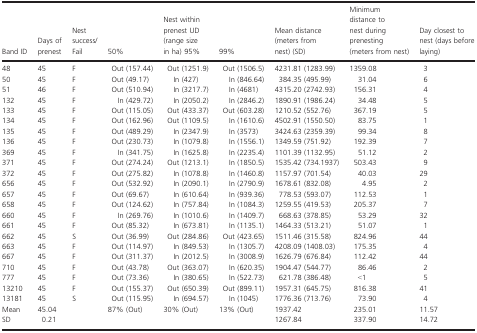
<table><thead><tr><td><b>Band ID</b></td><td><b>Days of prenest</b></td><td><b>Nest success/Fail</b></td><td><b>50%</b></td><td><b>Nest within prenest UD (range size in ha) 95%</b></td><td><b>99%</b></td><td><b>Mean distance (meters from nest) (SD)</b></td><td><b>Minimum distance to nest during prenesting (meters from nest)</b></td><td><b>Day closest to nest (days before laying)</b></td></tr></thead><tbody><tr><td>48</td><td>45</td><td>F</td><td>Out (157.44)</td><td>Out (1251.9)</td><td>Out (1506.5)</td><td>4231.81 (1283.99)</td><td>1359.08</td><td>3</td></tr><tr><td>50</td><td>45</td><td>F</td><td>Out (49.17)</td><td>In (427)</td><td>In (846.64)</td><td>384.35 (495.99)</td><td>31.04</td><td>6</td></tr><tr><td>51</td><td>46</td><td>F</td><td>Out (510.94)</td><td>In (3217.7)</td><td>In (4681)</td><td>4315.20 (2742.93)</td><td>156.31</td><td>4</td></tr><tr><td>132</td><td>45</td><td>F</td><td>In (429.72)</td><td>In (2050.2)</td><td>In (2846.2)</td><td>1890.91 (1986.24)</td><td>34.48</td><td>5</td></tr><tr><td>133</td><td>45</td><td>F</td><td>Out (115.05)</td><td>Out (433.37)</td><td>Out (603.28)</td><td>1210.52 (552.76)</td><td>367.19</td><td>5</td></tr><tr><td>134</td><td>45</td><td>F</td><td>Out (162.96)</td><td>Out (1109.5)</td><td>In (1610.6)</td><td>4502.91 (1550.50)</td><td>83.75</td><td>1</td></tr><tr><td>135</td><td>45</td><td>F</td><td>Out (489.29)</td><td>In (2347.9)</td><td>In (3573)</td><td>3424.63 (2359.39)</td><td>99.34</td><td>8</td></tr><tr><td>136</td><td>45</td><td>F</td><td>Out (230.73)</td><td>In (1079.8)</td><td>In (1556.1)</td><td>1349.59 (751.92)</td><td>192.39</td><td>7</td></tr><tr><td>369</td><td>45</td><td>F</td><td>In (341.75)</td><td>In (1625.8)</td><td>In (2235.4)</td><td>1101.39 (1132.95)</td><td>51.12</td><td>2</td></tr><tr><td>371</td><td>45</td><td>F</td><td>Out (274.24)</td><td>Out (1213.1)</td><td>In (1850.5)</td><td>1535.42 (734.1937)</td><td>503.43</td><td>9</td></tr><tr><td>372</td><td>45</td><td>F</td><td>Out (275.82)</td><td>In (1078.8)</td><td>In (1460.8)</td><td>1157.97 (701.54)</td><td>40.03</td><td>29</td></tr><tr><td>656</td><td>45</td><td>F</td><td>Out (532.92)</td><td>In (2090.1)</td><td>In (2790.9)</td><td>1678.61 (832.08)</td><td>4.95</td><td>2</td></tr><tr><td>657</td><td>45</td><td>F</td><td>Out (69.67)</td><td>In (610.64)</td><td>In (939.36)</td><td>778.53 (593.07)</td><td>112.53</td><td>1</td></tr><tr><td>658</td><td>45</td><td>F</td><td>Out (124.62)</td><td>In (757.84)</td><td>In (1084.3)</td><td>1259.55 (419.53)</td><td>205.37</td><td>7</td></tr><tr><td>660</td><td>45</td><td>F</td><td>In (269.76)</td><td>In (1010.6)</td><td>In (1409.7)</td><td>668.63 (378.85)</td><td>53.29</td><td>32</td></tr><tr><td>661</td><td>45</td><td>F</td><td>Out (85.32)</td><td>In (673.81)</td><td>In (1135.1)</td><td>1464.33 (513.21)</td><td>51.07</td><td>1</td></tr><tr><td>662</td><td>45</td><td>S</td><td>Out (36.99)</td><td>Out (284.86)</td><td>Out (423.65)</td><td>1511.46 (315.58)</td><td>824.96</td><td>44</td></tr><tr><td>663</td><td>45</td><td>F</td><td>Out (114.97)</td><td>In (849.53)</td><td>In (1305.7)</td><td>4208.09 (1408.03)</td><td>175.35</td><td>4</td></tr><tr><td>667</td><td>45</td><td>F</td><td>Out (311.37)</td><td>In (2012.5)</td><td>In (3008.9)</td><td>1626.79 (676.84)</td><td>112.42</td><td>44</td></tr><tr><td>710</td><td>45</td><td>F</td><td>Out (43.78)</td><td>Out (363.07)</td><td>In (620.35)</td><td>1904.47 (544.77)</td><td>86.46</td><td>2</td></tr><tr><td>777</td><td>45</td><td>F</td><td>Out (73.36)</td><td>In (380.65)</td><td>In (522.73)</td><td>621.78 (386.48)</td><td>&lt;1</td><td>5</td></tr><tr><td>13210</td><td>45</td><td>F</td><td>Out (155.37)</td><td>Out (650.39)</td><td>Out (899.11)</td><td>1957.31 (645.75)</td><td>816.38</td><td>41</td></tr><tr><td>13181</td><td>45</td><td>S</td><td>Out (115.95)</td><td>In (694.57)</td><td>In (1045)</td><td>1776.36 (713.76)</td><td>73.90</td><td>4</td></tr><tr><td>Mean</td><td>45.04</td><td></td><td>87% (Out)</td><td>30% (Out)</td><td>13% (Out)</td><td>1937.42</td><td>235.01</td><td>11.57</td></tr><tr><td>SD</td><td>0.21</td><td></td><td></td><td></td><td></td><td>1267.84</td><td>337.90</td><td>14.72</td></tr></tbody></table>